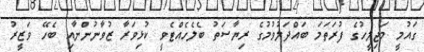
ގައުމީ މަޖިލީހުގެ ފުރަތަމަ ބައްދަލުވުމުގެ ރިޔާސަތު ބެލެހެއްޓެވީ ކުޅިވަރާ ޒުވާނުންނާއި ބެހޭ ވަޒީރު